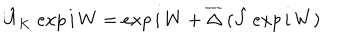
\hat { U } _ { K } \; e x p \, i \, W = e x p \, i \, W + \overline { { { \Delta } } } \: ( \hat { J } \: e x p \, i \, W )